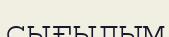
сығылым